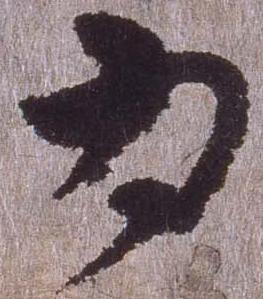
為